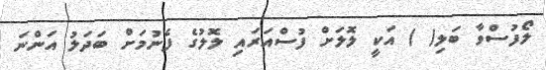
ލޯފުސްވާ ބަލި( ) އަކީ ލޮލަށް ފުސްއަރައި ލޮލުގެ ފެނުމަށް ބަދަލު އަންނަ